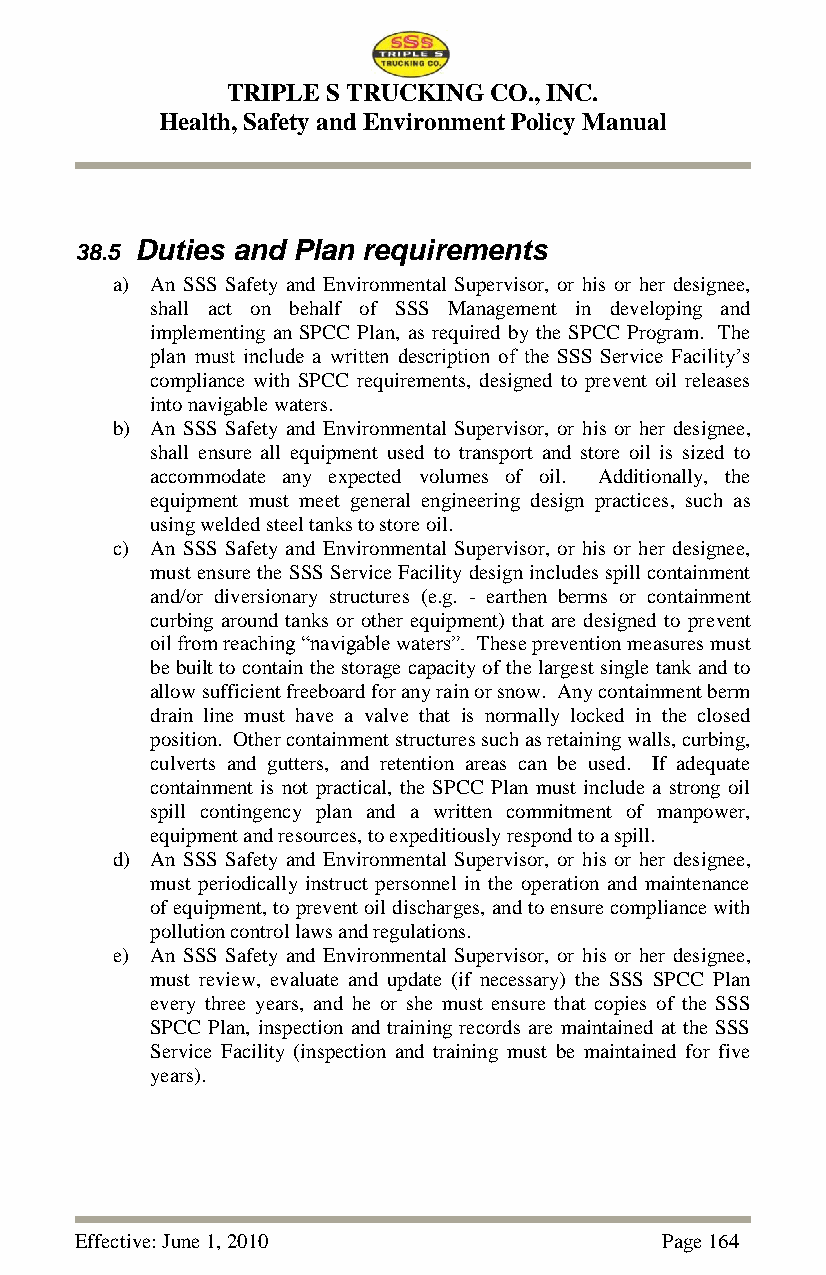
TRIPLE S TRUCKING CO., INC.
 Health, Safety and Environment Policy Manual
 38.5 Duties and Plan requirements
 a) An SSS Safety and Environmental Supervisor, or his or her designee,
 shall act on behalf of SSS Management in developing and
 implementing an SPCC Plan, as required by the SPCC Program. The
 plan must include a written description of the SSS Service Facility‘s
 compliance with SPCC requirements, designed to prevent oil releases
 into navigable waters.
 b) An SSS Safety and Environmental Supervisor, or his or her designee,
 shall ensure all equipment used to transport and store oil is sized to
 accommodate any expected volumes of oil. Additionally, the
 equipment must meet general engineering design practices, such as
 using welded steel tanks to store oil.
 c) An SSS Safety and Environmental Supervisor, or his or her designee,
 must ensure the SSS Service Facility design includes spill containment
 and/or diversionary structures (e.g. - earthen berms or containment
 curbing around tanks or other equipment) that are designed to prevent
 oil from reaching ―navigable waters‖. These prevention measures must
 be built to contain the storage capacity of the largest single tank and to
 allow sufficient freeboard for any rain or snow. Any containment berm
 drain line must have a valve that is normally locked in the closed
 position. Other containment structures such as retaining walls, curbing,
 culverts and gutters, and retention areas can be used. If adequate
 containment is not practical, the SPCC Plan must include a strong oil
 spill contingency plan and a written commitment of manpower,
 equipment and resources, to expeditiously respond to a spill.
 d) An SSS Safety and Environmental Supervisor, or his or her designee,
 must periodically instruct personnel in the operation and maintenance
 of equipment, to prevent oil discharges, and to ensure compliance with
 pollution control laws and regulations.
 e) An SSS Safety and Environmental Supervisor, or his or her designee,
 must review, evaluate and update (if necessary) the SSS SPCC Plan
 every three years, and he or she must ensure that copies of the SSS
 SPCC Plan, inspection and training records are maintained at the SSS
 Service Facility (inspection and training must be maintained for five
 years).
 Effective: June 1, 2010                Page 164